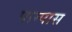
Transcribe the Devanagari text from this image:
पाम्पास